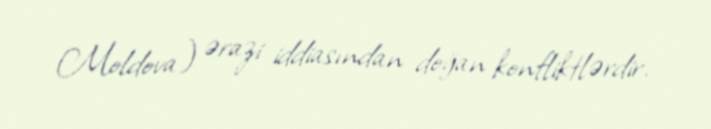
Moldova) ərazi iddiasından doğan konfliktlərdir.